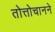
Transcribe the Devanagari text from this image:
तोत्तोचानने